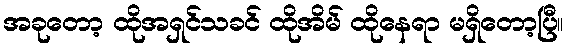
အခုတော့ ထိုအရှင်သခင် ထိုအိမ် ထိုနေရာ မရှိတော့ပြီ။